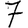
Digit: 7